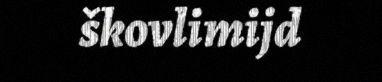
škovlimijd